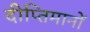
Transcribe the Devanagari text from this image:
दीप्तिमानों